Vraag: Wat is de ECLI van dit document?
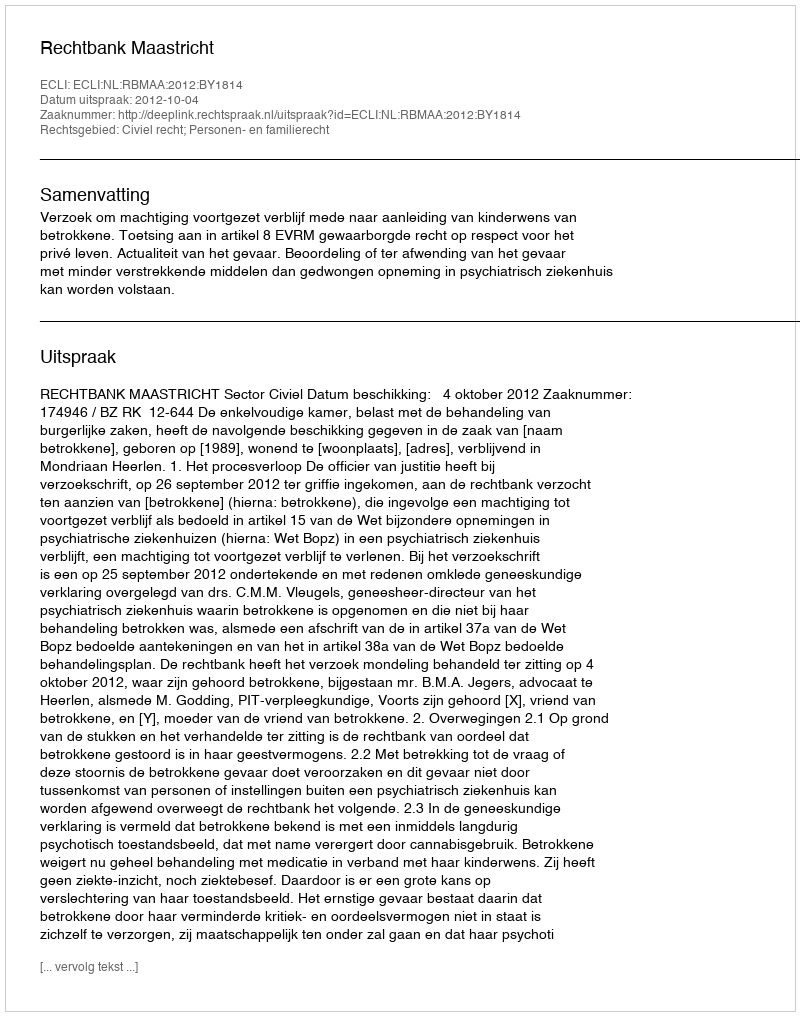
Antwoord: ECLI:NL:RBMAA:2012:BY1814